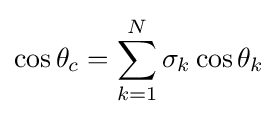
\cos \theta _{c}=\sum _{k=1}^{N}\sigma _{k}\cos \theta _{k}